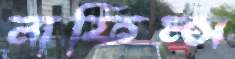
নাফিম্স